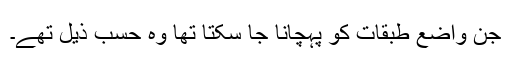
جن واضع طبقات کو پہچانا جا سکتا تھا وہ حسب ذیل تھے۔